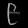
Digit: ၉